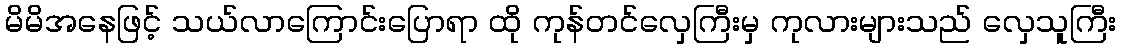
မိမိအနေဖြင့် သယ်လာကြောင်းပြောရာ ထို ကုန်တင်လှေကြီးမှ ကုလားများသည် လှေသူကြီး